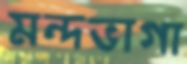
মন্দভাগা